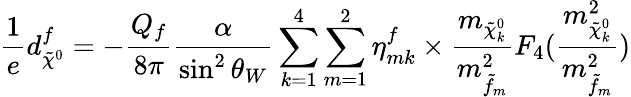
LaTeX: \frac{1}{e}d_{\tilde{\chi}^{0}}^{f}=-\frac{Q_{f}}{8\pi}\frac{\alpha}{\sin^{2}\theta_{W}}\sum_{k=1}^{4}\sum_{m=1}^{2}\eta_{mk}^{f}\times\frac{m_{\tilde{\chi}_{k}^{0}}}{m_{\tilde{f}_{m}}^{2}}F_{4}(\frac{m_{\tilde{\chi}_{k}^{0}}^{2}}{m_{\tilde{f}_{m}}^{2}})